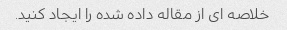
خلاصه ای از مقاله داده شده را ایجاد کنید.